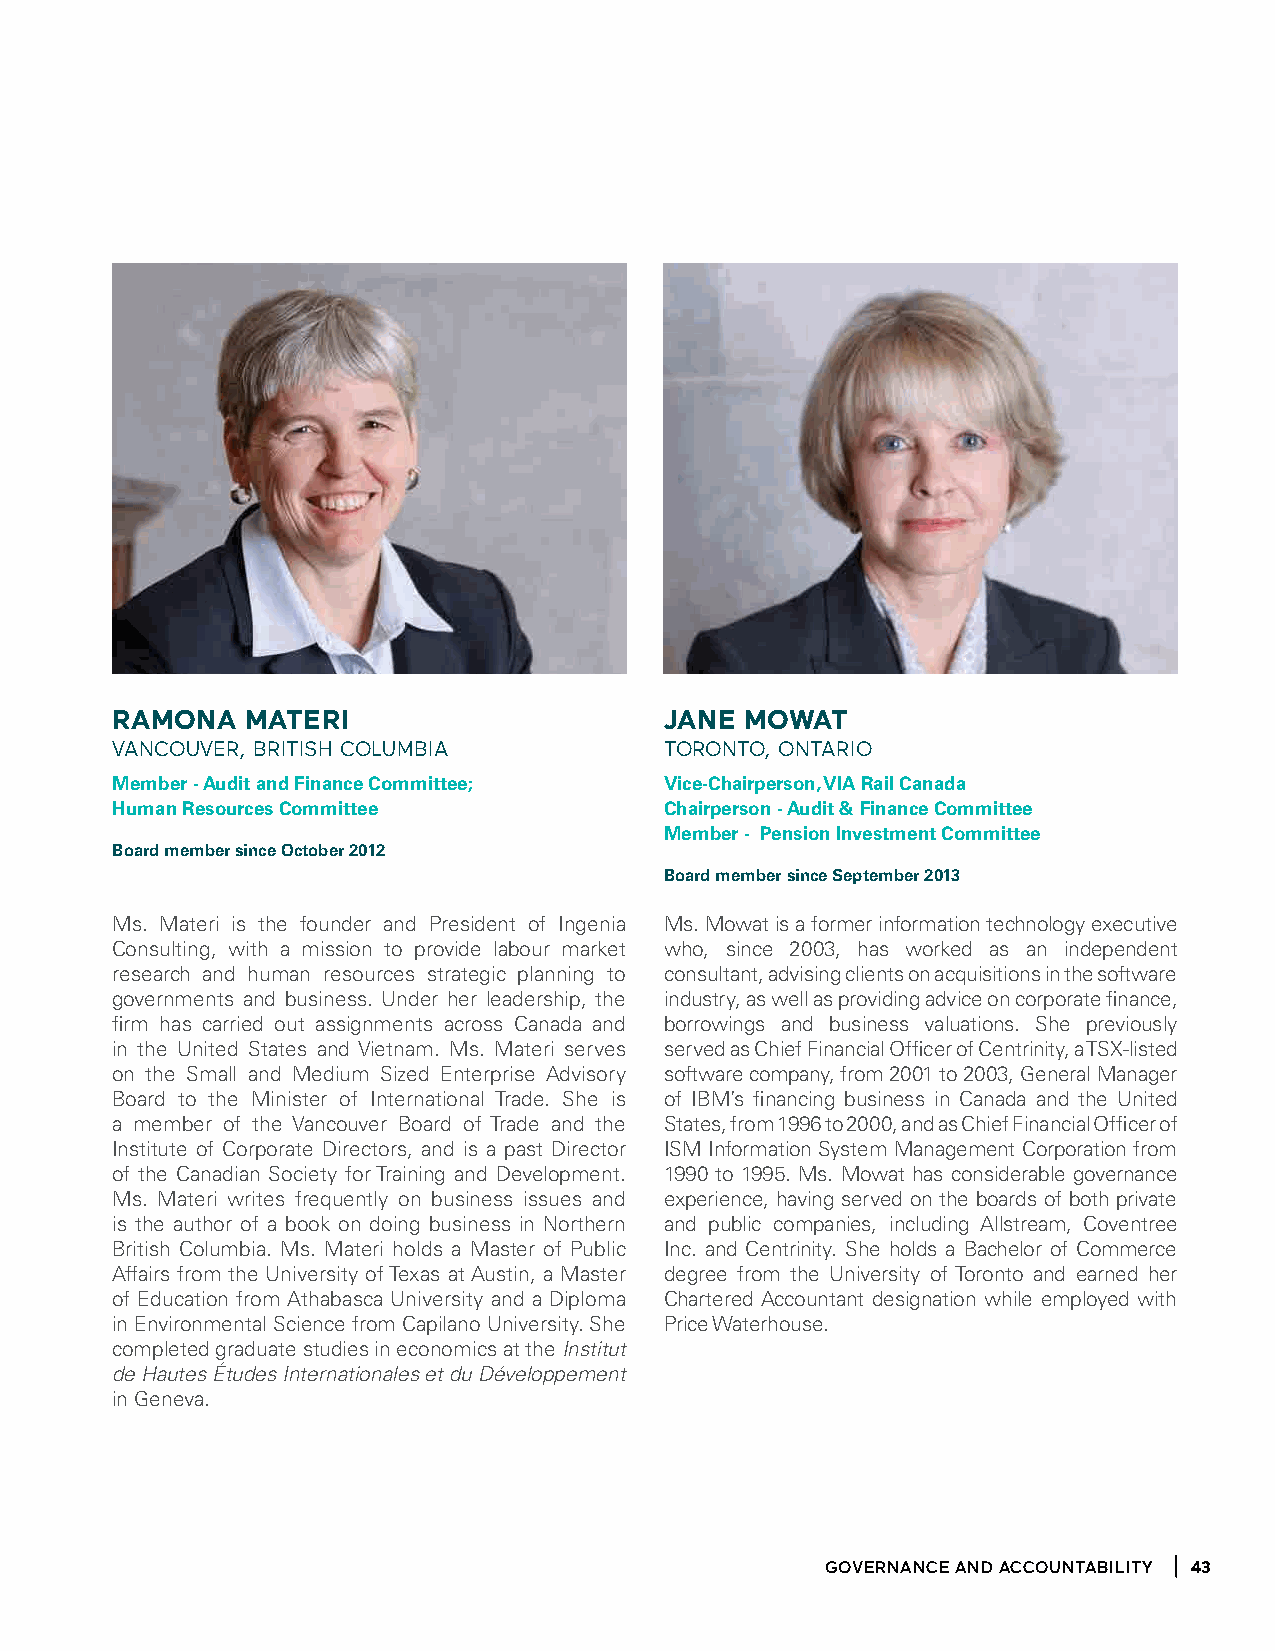
ramona   materi                      Jane mowat
 VancouVer, british coluMbia          toronto, ontario
 member - audit and finance committee; vice-chairperson, via rail canada
 Human resources committee            chairperson - audit & finance committee
 member - Pension investment committee
 Board member since october 2012
 Board member since September 2013
 Ms. Materi is the founder and President of Ingenia Ms. Mowat is a former information technology executive
 Consulting, with a mission to provide labour market who, since 2003, has worked as an independent
 research and human resources strategic planning to consultant, advising clients on acquisitions in the software
 governments and business. Under her leadership, the industry, as well as providing advice on corporate finance,
 firm has carried out assignments across Canada and borrowings and business valuations. She previously
 in the United States and Vietnam. Ms. Materi serves served as Chief Financial Officer of Centrinity, a TSX-listed
 on the Small and Medium Sized Enterprise Advisory software company, from 2001 to 2003, General Manager
 Board to the Minister of International Trade. She is of IBM’s financing business in Canada and the United
 a member of the Vancouver Board of Trade and the States, from 1996 to 2000, and as Chief Financial Officer of
 Institute of Corporate Directors, and is a past Director ISM Information System Management Corporation from
 of the Canadian Society for Training and Development. 1990 to 1995. Ms. Mowat has considerable governance
 Ms. Materi writes frequently on business issues and experience, having served on the boards of both private
 is the author of a book on doing business in Northern and public companies, including Allstream, Coventree
 British Columbia. Ms. Materi holds a Master of Public Inc. and Centrinity. She holds a Bachelor of Commerce
 Affairs from the University of Texas at Austin, a Master degree from the University of Toronto and earned her
 of Education from Athabasca University and a Diploma Chartered Accountant designation while employed with
 in Environmental Science from Capilano University. She Price Waterhouse.
 completed graduate studies in economics at the Institut
 de Hautes Études Internationales et du Développement
 in Geneva.
 goVeRnanCe and aCCountabilitY 43